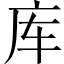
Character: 库